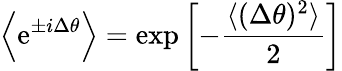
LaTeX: \Big\langle\mathrm{e}^{\pm i\Delta\theta}\Big\rangle=\mathrm{exp}\left[-{\frac{\langle(\Delta\theta)^{2}\rangle}{2}}\right]